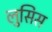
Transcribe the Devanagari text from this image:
लुसिस